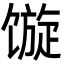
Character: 𩠍